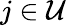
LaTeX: j\in\mathcal{U}